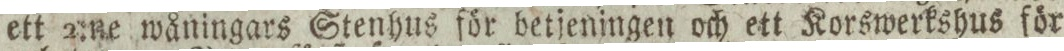
ett 2:ne wåningars Stenhus för betjeningen och ett Korswerkshus för